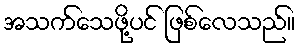
အသက်သေဖို့ပင် ဖြစ်လေသည်။